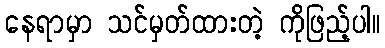
နေရာမှာ သင်မှတ်ထားတဲ့ ကိုဖြည့်ပါ။